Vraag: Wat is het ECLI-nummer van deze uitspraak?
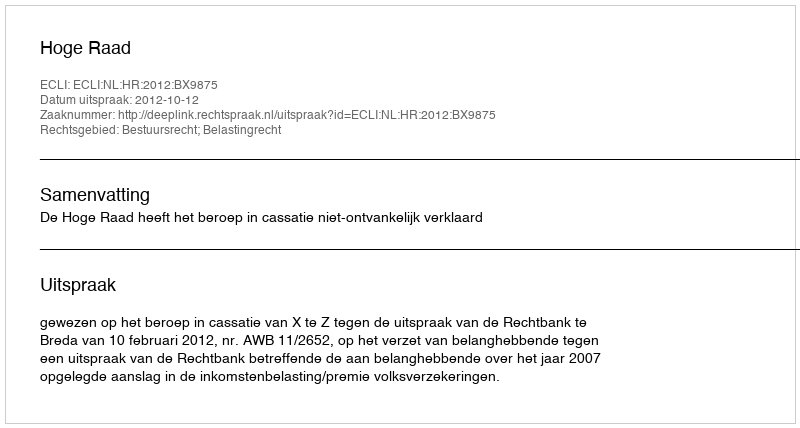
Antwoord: ECLI:NL:HR:2012:BX9875